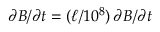
\partial B / \partial t = ( \ell / 1 0 ^ { 8 } ) \, \partial B / \partial t